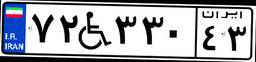
۷۲W۳۳۰۴۳